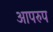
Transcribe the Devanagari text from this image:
आपरुप